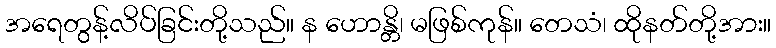
အရေတွန့်လိပ်ခြင်းတို့သည်။ န ဟောန္တိ၊ မဖြစ်ကုန်။ တေသံ၊ ထိုနတ်တို့အား။